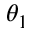
\theta _ { 1 }